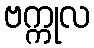
ဗက္ကုလ